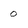
Character: 0